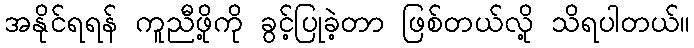
အနိုင်ရရန် ကူညီဖို့ကို ခွင့်ပြုခဲ့တာ ဖြစ်တယ်လို့ သိရပါတယ်။